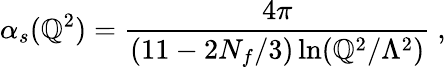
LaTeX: \alpha_{s}(\mathbb{Q}^{2})=\frac{{4\pi}}{{(11-2N_{f}/3)\ln(\mathbb{Q}^{2}/\Lambda^{2})}}\ ,